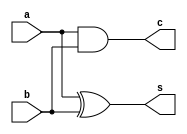
//---------------------
//-- Guia_05
//-- Nome: Jnior
//-- Matricula: 405807
//---------------------

//Exerccio 01
//meia-soma normal
module halfadder(s, c, a, b);
	input  a, b;//variaveis
	output s, c;//s = saida, c = cout
	
	xor XOR1 (s, a, b);
	and AND1 (c, a, b);
	
endmodule 

//soma-completa
module fulladder (s,cout,cin,a,b);
	input  cin, a, b;
	output s, cout;
	
	wire s10,s11,s21;
	
	halfadder HALF1 (s10,s11,a,b);
	halfadder HALF2 (s,s21,cin,s10);
	or 		 OR1   (cout,s11,s21);
	
endmodule


module ex01 ( s, a, b );
	output[3:0] s;//sinal no considerado
	input[2:0]  a, b;
	
	wire cout1,cout2;
	
	halfadder HALF1 (s[0],cout1,a[0],b[0]);
	fulladder FULL1 (s[1],cout2,cout1,a[1],b[1]);
	fulladder FULL2 (s[2],s[3],cout2,a[2],b[2]);
	
endmodule


//Exerccio 02
//meia-subtrao normal
module halfsub (s, bout, a, b);
	input  a, b;
	output s, bout;
	
	wire s0, na;
	
	xor XOR1 (   s, a, b);
	not NOT1 (  na, a);
	and AND1 (bout,na, b);
	
endmodule

//subtrao completa
module fullsub (s0, s1, bin, a, b);
	input  bin, a, b;
	output s0, s1;
	
	wire s2,
		 bout0, bout1;
	
	halfsub SUB1 (s2,bout0, a,  b);
	halfsub SUB2 (s0,bout1,s2,bin);
	or      OR1  (s1,bout0, bout1);

endmodule

module ex02 ( s, a, b );
	output[2:0] s;
	input[1:0]  a, b;
	
	wire bout1;
	
	halfsub HALF1 (s[0],bout1,a[0],b[0]);
	fullsub FULL2 (s[1],s[2],bout1,a[1],b[1]);
	
endmodule

//exerccio 03
module ex03	 ( s, a, b );
	output[3:0] s;
	input[1:0]  a, b;
	
	wire and2,and3,and4;
	wire cout1,cout2;

	and AND1 (s[0],a[0],b[0]);
	and AND2 (and2,a[1],b[0]);
	and AND3 (and3,a[0],b[1]);
	
	halfadder HALF1 (s[1],cout1,and2,and3);
	
	and 		 AND4  (and4,a[1],b[1]);
	halfadder HALF2 (s[2],s[3],cout1,and4);

	
endmodule 

module testes;

	reg[2:0] a, b;//ex01
	reg[1:0] c, d,//ex02
				e, f;//ex03
	
	wire[3:0] ex1,//ex01
				 ex3;//ex03
	wire[2:0] ex2;//ex02
				 

	ex01 EX1 (ex1, a, b);
	ex02 EX2 (ex2, c, d);
	ex03 EX3 (ex3, e, f);

		 
	initial begin
		#1 $display("Testes do exercicio 01");
		   a = 3'b000; b = 3'b000;
		#1 $monitor("%3b + %3b = %4b",a, b, ex1);
		#1 a = 3'b001; b = 3'b000;
		#1 a = 3'b010; b = 3'b000;
		#1 a = 3'b011; b = 3'b000;
		#1 a = 3'b111; b = 3'b000;
		#1 a = 3'b000; b = 3'b001;
		#1 a = 3'b001; b = 3'b001;
		#1 a = 3'b010; b = 3'b001;
		#1 a = 3'b011; b = 3'b001;
		#1 a = 3'b111; b = 3'b001;
		#1 a = 3'b000; b = 3'b010;
		#1 a = 3'b001; b = 3'b010;
		#1 a = 3'b010; b = 3'b010;
		#1 a = 3'b011; b = 3'b010;
		#1 a = 3'b111; b = 3'b010;
		#1 a = 3'b000; b = 3'b011;
		#1 a = 3'b001; b = 3'b011;
		#1 a = 3'b010; b = 3'b011;
		#1 a = 3'b011; b = 3'b011;
		#1 a = 3'b111; b = 3'b011;
		#1 a = 3'b000; b = 3'b111;
		#1 a = 3'b001; b = 3'b111;
		#1 a = 3'b010; b = 3'b111;
		#1 a = 3'b011; b = 3'b111;
		#1 a = 3'b111; b = 3'b111;

		#1 $display("");		
		#1 $display("Testes do exercicio 02");
		   c = 2'b00; d = 4'b00;
		#1 $monitor("%2b - %2b = %3b",c, d, ex2);
		#1 c = 2'b01; d = 2'b00;
		#1 c = 2'b10; d = 2'b00;
		#1 c = 2'b11; d = 2'b00;
		#1 c = 2'b00; d = 2'b01;
		#1 c = 2'b01; d = 2'b01;
		#1 c = 2'b10; d = 2'b01;
		#1 c = 2'b11; d = 2'b01;
		#1 c = 2'b00; d = 2'b11;
		#1 c = 2'b01; d = 2'b11;
		#1 c = 2'b10; d = 2'b11;
		#1 c = 2'b11; d = 2'b11;
		
		#1 $display("");
		#1 $display("Testes do exercicio 03");
		   e = 2'b00; f = 2'b00;
		#1 $monitor("%2b * %2b = %4b",e, f, ex3);
		#1 e = 2'b01; f = 2'b00;
		#1 e = 2'b10; f = 2'b00;
		#1 e = 2'b11; f = 2'b00;
		#1 e = 2'b00; f = 2'b01;
		#1 e = 2'b01; f = 2'b01;
		#1 e = 2'b10; f = 2'b01;
		#1 e = 2'b11; f = 2'b01;		
		#1 e = 2'b00; f = 2'b11;
		#1 e = 2'b01; f = 2'b11;
		#1 e = 2'b10; f = 2'b11;
		#1 e = 2'b11; f = 2'b11;		
	
	end
	
endmodule